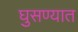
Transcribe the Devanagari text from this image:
घुसण्यात